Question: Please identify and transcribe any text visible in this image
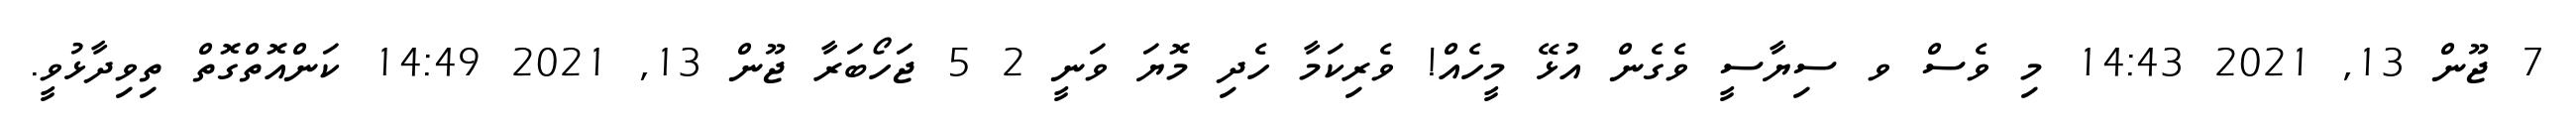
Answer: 7 ޖޫން 13, 2021 14:43 މި ވެސް ވ ސިޔާސީ ވެގެން އުޅޭ މީހެއް! ވެރިކަމާ ހެދި މޮޔަ ވަނީ 2 5 ޖަހޯބަރާ ޖޫން 13, 2021 14:49 ކަންއޮތްގޮތް ތިވިދާޅުވީ.